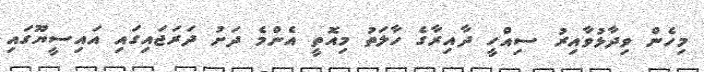
މިހެން ވިދާޅުވާއިރު ސިއްހީ ދާއިރާގެ ހާލަތު މިއޮތީ އެންމެ ދަށު ދަރަޖައިގައި އައިސީޔޫގައި